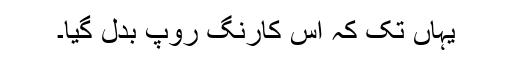
یہاں تک کہ اس کارنگ روپ بدل گیا۔